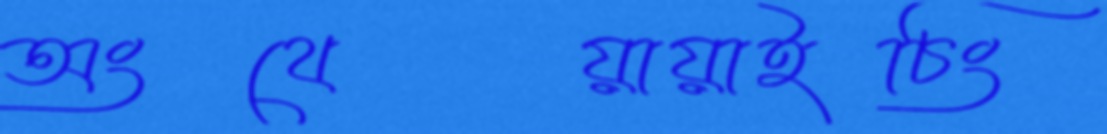
অংথেয়ায়াইচিং